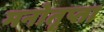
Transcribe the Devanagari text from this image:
मनोतृप्ता